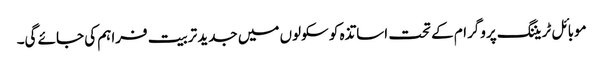
موبائل ٹریننگ پروگرام کے تحت اساتذہ کو سکولوں میں جدید تربیت فراہم کی جائے گی۔